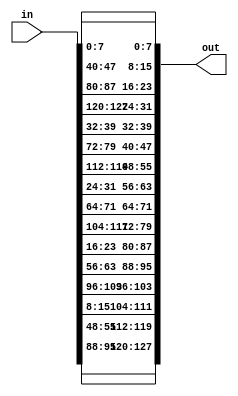
//David Peled 208576025
//Tal Levy 209005305

module ShiftRows #(parameter NB = 8'd128, BYTE = 4'd8) (input [NB-1:0] in, output [NB-1:0] out);
    
    //Seperated to bytes
    wire [BYTE-1:0] s33;
    wire [BYTE-1:0] s23;
    wire [BYTE-1:0] s13;
    wire [BYTE-1:0] s03;
    
    wire [BYTE-1:0] s32;
    wire [BYTE-1:0] s22;
    wire [BYTE-1:0] s12;
    wire [BYTE-1:0] s02;
    
    wire [BYTE-1:0] s31;
    wire [BYTE-1:0] s21;
    wire [BYTE-1:0] s11;
    wire [BYTE-1:0] s01;

    wire [BYTE-1:0] s30;
    wire [BYTE-1:0] s20;
    wire [BYTE-1:0] s10;
    wire [BYTE-1:0] s00;

    
    assign s33  =  in[127:120];
    assign s23  =  in[119:112];
    assign s13  =  in[111:104];
    assign s03  =  in[103:96];
    
    assign s32  =  in[95:88];
    assign s22  =  in[87:80];
    assign s12  =  in[79:72];
    assign s02  =  in[71:64];
    
    assign s31  =  in[63:56];
    assign s21  =  in[55:48];
    assign s11  =  in[47:40];
    assign s01  =  in[39:32];

    assign s30  =  in[31:24];
    assign s20  =  in[23:16];
    assign s10  =  in[15:8];
    assign s00  =  in[7:0];

    assign out =  {s32, s21, s10, s03,
                   s31, s20, s13, s02,
                   s30, s23, s12, s01,
                   s33, s22, s11, s00};
endmodule